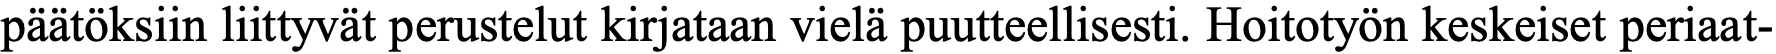
päätöksiin liittyvät perustelut kirjataan vielä puutteellisesti. Hoitotyön keskeiset periaat-